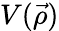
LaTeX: V(\vec{\rho})